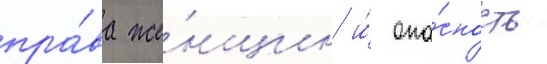
пра́ва же́нщин и́ опа́сность